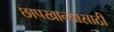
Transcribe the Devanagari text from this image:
छापखान्यासाठी